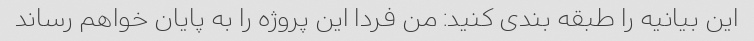
این بیانیه را طبقه بندی کنید: من فردا این پروژه را به پایان خواهم رساند